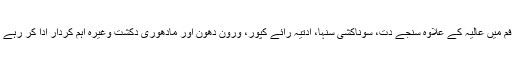
اس فم میں عالیہ کے علاوہ سنجے دت، سوناکشی سنہا، ادتیہ رائے کپور، ورون دھون اور مادھوری دکشت وغیرہ اہم کردار ادا کر رہے ہیں۔